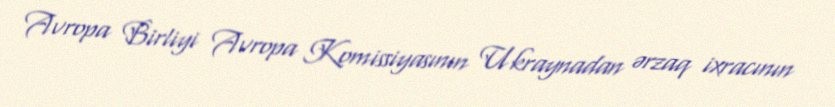
Avropa Birliyi Avropa Komissiyasının Ukraynadan ərzaq ixracının